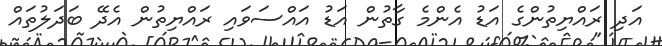
އަދި ރައްޔިތުންގެ އަޑު އެންމެ ގާތުން އަޑު އައްސަވައި ރައްޔިތުން އެދޭ ބަދަލުތައް